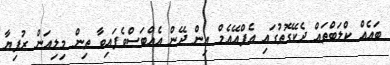
ބައެއް ކްލަބްތައް ދެކޭގޮތުގައި އެފްއޭއެމް އިން ދޭން އެއްބަސްވެފައިވާ ތިން މިލިއަން ރުފިޔާ